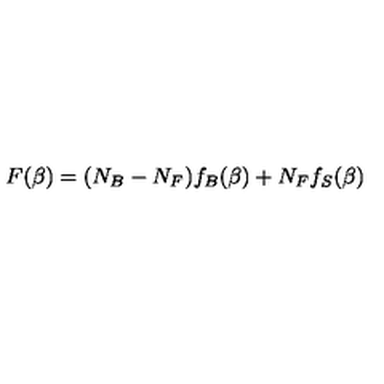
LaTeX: F ( \beta ) = ( N _ { B } - N _ { F } ) f _ { B } ( \beta ) + N _ { F } f _ { S } ( \beta )